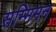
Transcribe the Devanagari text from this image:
सम्मिमन